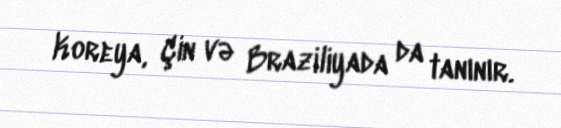
Koreya, Çin və Braziliyada da tanınır.